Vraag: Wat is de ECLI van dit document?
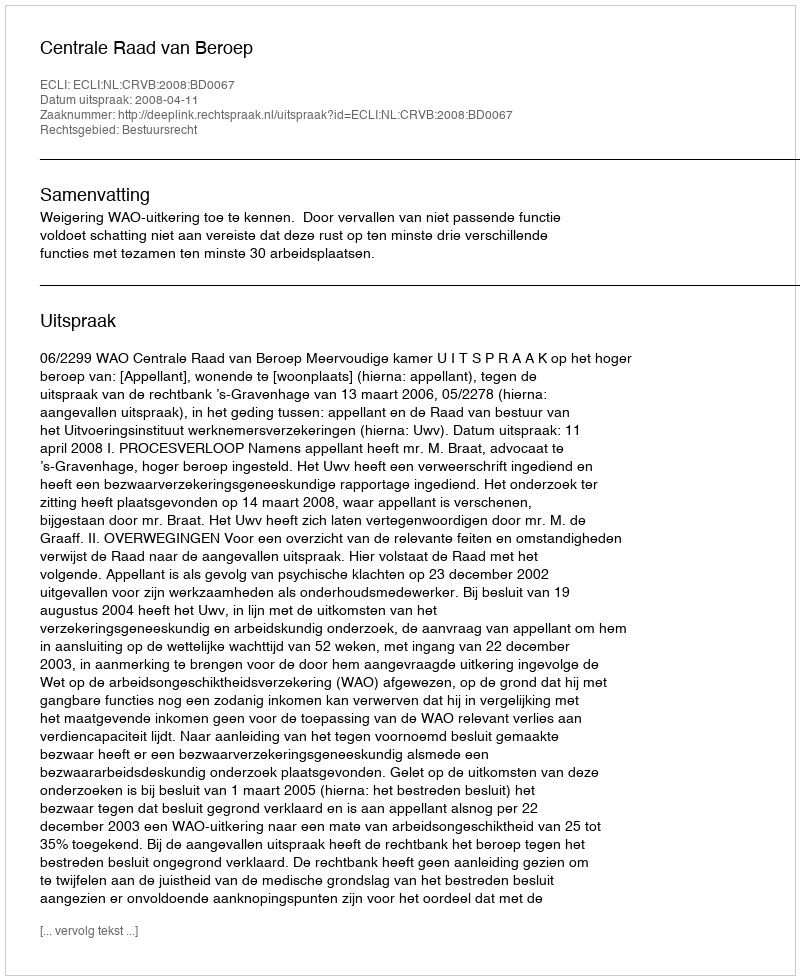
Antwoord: ECLI:NL:CRVB:2008:BD0067